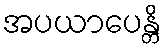
အပယာပေန္တိ